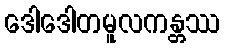
ဒေါဒေါတမူလကန္တဿ